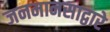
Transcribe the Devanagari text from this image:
जनमानसाद्वारे